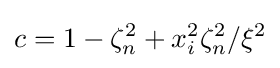
c=1-\zeta _{n}^{2}+x_{i}^{2}\zeta _{n}^{2}/\xi ^{2}